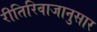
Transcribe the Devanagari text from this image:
रीतिरिवाजानुसार